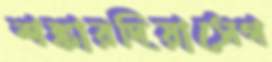
শঙ্কারদিয়াসেগ